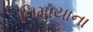
નિમાયાના